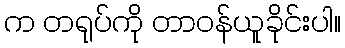
က တရုပ်ကို တာဝန်ယူခိုင်းပါ။